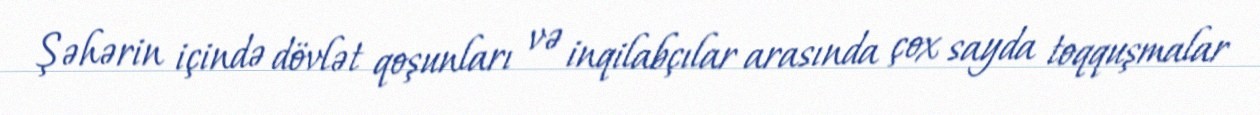
Şəhərin içində dövlət qoşunları və inqilabçılar arasında çox sayda toqquşmalar